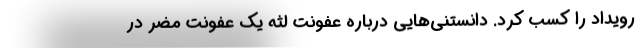
رویداد را کسب کرد. دانستنی‌هایی درباره عفونت‌ لثه یک عفونت مضر در